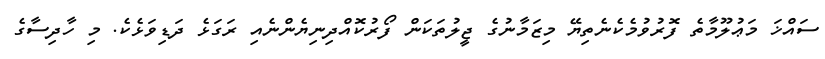
ސައްޚަ މަޢުލޫމާތެ ފޮރުވުމެކެނެތިޔޭ މިޒަމާނުގެ ޖީލުތަކަން ފޯރުކޮއްދިނިޔެންނެއި ރަގަޅެ ދަޑިވަޅެކެ. މި ހާދިސާގެ